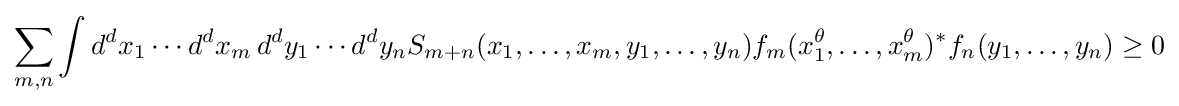
\sum _{m,n}\int d^{d}x_{1}\cdots d^{d}x_{m}\,d^{d}y_{1}\cdots d^{d}y_{n}S_{m+n}(x_{1},\dots ,x_{m},y_{1},\dots ,y_{n})f_{m}(x_{1}^{\theta },\dots ,x_{m}^{\theta })^{*}f_{n}(y_{1},\dots ,y_{n})\geq 0